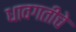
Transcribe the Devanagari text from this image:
धावगतीचे